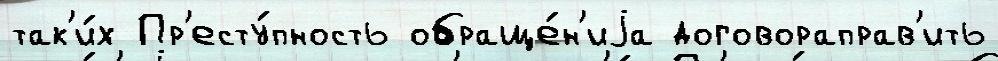
так'и́х Пр'есту́пность обраще́н'иjа договораправ'ить